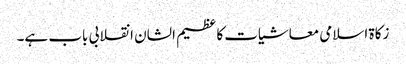
زکاة اسلامی معاشیات کا عظیم الشان انقلابی باب ہے۔